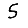
Digit: 5